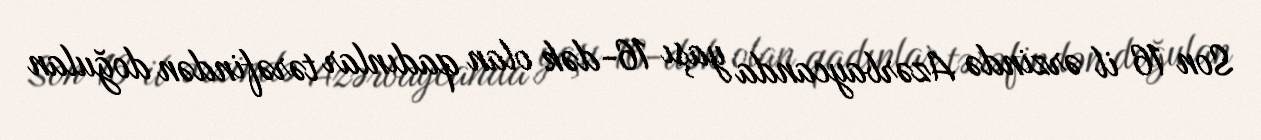
Son 16 il ərzində Azərbaycanda yaşı 16-dək olan qadınlar tərəfindən doğulan